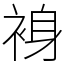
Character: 裑